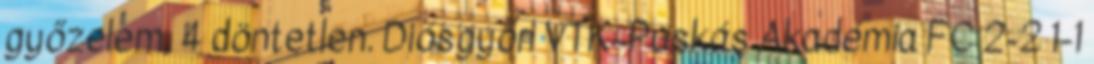
győzelem, 4 döntetlen. Diósgyőri VTK–Puskás Akadémia FC 2-2 1-1